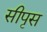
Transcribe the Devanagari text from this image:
सीपृस